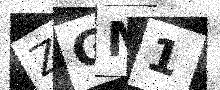
Text: ZGM1